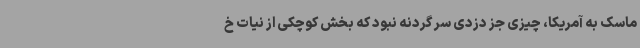
ماسک به آمریکا، چیزی جز دزدی سر گردنه نبود که بخش کوچکی از نیات خ